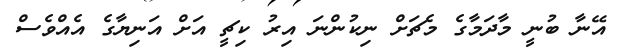
އޭނާ ބުނީ މާދަމާގެ މެޗަށް ނިކުންނަ އިރު ކިޗީ އަށް އަނިޔާގެ އެއްވެސް